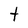
Character: t